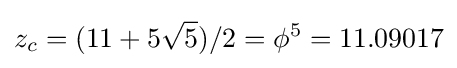
z_{c}=(11+5{\sqrt {5}})/2=\phi ^{5}=11.09017